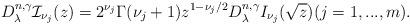
LaTeX: \begin{align*}D_{\lambda }^{n,\gamma }\mathcal{I}_{\nu _{j}}(z)=2^{\nu _{j}}\Gamma (\nu_{j}+1)z^{1-\nu _{j}/2}D_{\lambda }^{n,\gamma }I_{\nu _{j}}(\sqrt{z})(j=1,...,m). \end{align*}